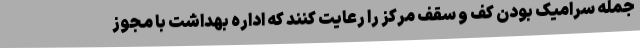
جمله سرامیک بودن کف و سقف مرکز را رعایت کنند که اداره بهداشت با مجوز